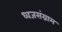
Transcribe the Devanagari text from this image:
ध्वजसंग्राम